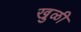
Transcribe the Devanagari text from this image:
खुळी